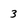
Character: 3